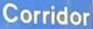
Corridor